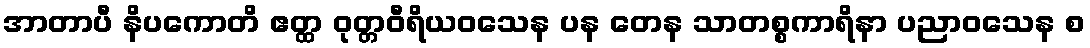
အာတာပီ နိပကောတိ ဧတ္ထ ဝုတ္တဝီရိယဝသေန ပန တေန သာတစ္စကာရိနာ ပညာဝသေန စ